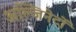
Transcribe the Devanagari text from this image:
अल्जिनेटों